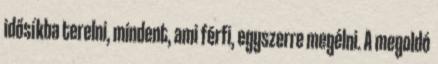
idősíkba terelni, mindent, ami férfi, egyszerre megélni. A megoldó